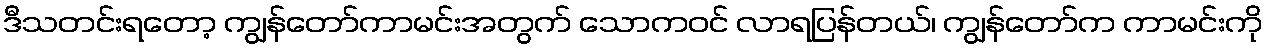
ဒီသတင်းရတော့ ကျွန်တော်ကာမင်းအတွက် သောကဝင် လာရပြန်တယ်၊ ကျွန်တော်က ကာမင်းကို